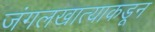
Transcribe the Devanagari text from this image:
जंगलखात्याकडून